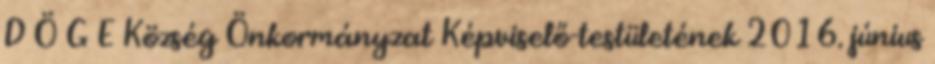
D Ö G E Község Önkormányzat Képviselő-testületének 2016. június